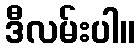
ဒီလမ်းပါ။